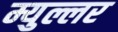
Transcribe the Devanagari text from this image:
म्युल्लर